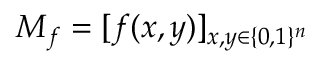
M _ { f } = [ f ( x , y ) ] _ { x , y \in \{ 0 , 1 \} ^ { n } }